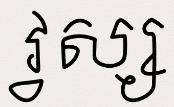
វ្វ ស្ស